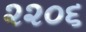
૨૨૦૬